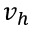
v _ { h }